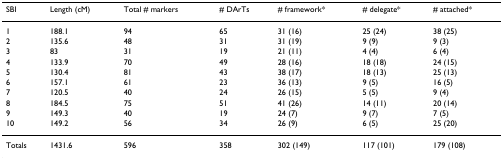
<table><thead><tr><td><b>SBI</b></td><td><b>Length (cM)</b></td><td><b>Total # markers</b></td><td><b># DArTs</b></td><td><b># framework*</b></td><td><b># delegate*</b></td><td><b># attached*</b></td></tr></thead><tbody><tr><td>1</td><td>188.1</td><td>94</td><td>65</td><td>31 (16)</td><td>25 (24)</td><td>38 (25)</td></tr><tr><td>2</td><td>135.6</td><td>48</td><td>31</td><td>31 (19)</td><td>9 (9)</td><td>9 (3)</td></tr><tr><td>3</td><td>83</td><td>31</td><td>19</td><td>21 (11)</td><td>4 (4)</td><td>6 (4)</td></tr><tr><td>4</td><td>133.9</td><td>70</td><td>49</td><td>28 (16)</td><td>18 (18)</td><td>24 (15)</td></tr><tr><td>5</td><td>130.4</td><td>81</td><td>43</td><td>38 (17)</td><td>18 (13)</td><td>25 (13)</td></tr><tr><td>6</td><td>157.1</td><td>61</td><td>23</td><td>36 (13)</td><td>9 (5)</td><td>16 (5)</td></tr><tr><td>7</td><td>120.5</td><td>40</td><td>24</td><td>26 (15)</td><td>5 (5)</td><td>9 (4)</td></tr><tr><td>8</td><td>184.5</td><td>75</td><td>51</td><td>41 (26)</td><td>14 (11)</td><td>20 (14)</td></tr><tr><td>9</td><td>149.3</td><td>40</td><td>19</td><td>24 (7)</td><td>9 (7)</td><td>7 (5)</td></tr><tr><td>10</td><td>149.2</td><td>56</td><td>34</td><td>26 (9)</td><td>6 (5)</td><td>25 (20)</td></tr><tr><td>Totals</td><td>1431.6</td><td>596</td><td>358</td><td>302 (149)</td><td>117 (101)</td><td>179 (108)</td></tr></tbody></table>